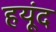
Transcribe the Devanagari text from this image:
हयूंद